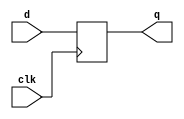
module dff ( input d, clk, output reg q );
	  always @( posedge clk )
        q <= d;
endmodule

module dffe( input d, clk, en, output reg q );
`ifndef NO_INIT
    initial begin
        q = 0;
    end
`endif
	  always @( posedge clk )
        if ( en )
              q <= d;
endmodule